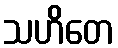
သဟိတေ